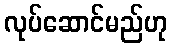
လုပ်ဆောင်မည်ဟု